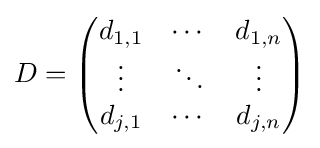
D={\begin{pmatrix}d_{1,1}&\cdots &d_{1,n}\\\vdots &\ddots &\vdots \\d_{j,1}&\cdots &d_{j,n}\end{pmatrix}}